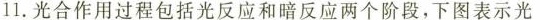
11.光合作用过程包括光反应和暗反应两个阶段，下图表示光